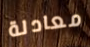
معادلة